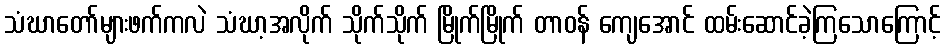
သံဃာတော်များဖက်ကလဲ သံဃာ့အလိုက် သိုက်သိုက် မြိုက်မြိုက် တာဝန် ကျေအောင် ထမ်းဆောင်ခဲ့ကြသောကြောင့်